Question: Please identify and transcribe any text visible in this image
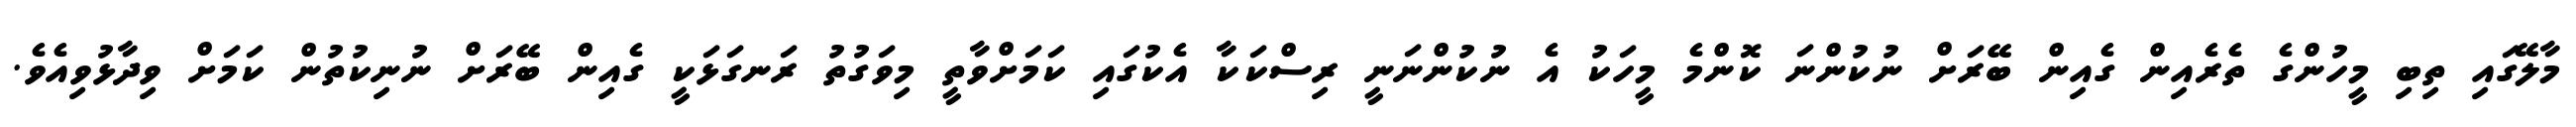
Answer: މާލޭގައި ތިބި މީހުންގެ ތެރެއިން ގެއިން ބޭރަށް ނުކުންނަ ކޮންމެ މީހަކު އެ ނުކުންނަނީ ރިސްކަކާ އެކުގައި ކަމަށްވާތީ މިވަގުތު ރަނގަޅަކީ ގެއިން ބޭރަށް ނުނިކުތުން ކަމަށް ވިދާޅުވިއެވެ.